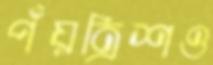
পঁয়ত্রিশও